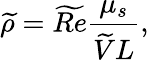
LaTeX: \widetilde{\rho}=\widetilde{Re}\frac{\mu_{s}}{\widetilde{V}L},